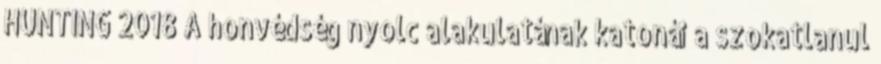
HUNTING 2018 A honvédség nyolc alakulatának katonái a szokatlanul